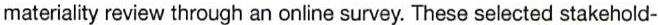
materiality review through an online survey. These selected stakehold-